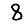
Digit: 8